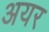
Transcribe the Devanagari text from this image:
अयर